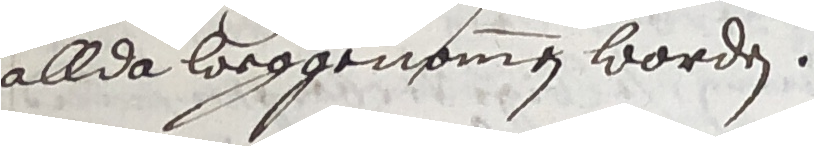
allda loeggenomen worden.